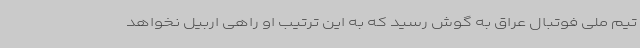
تیم ملی فوتبال عراق به گوش رسید که به این ترتیب او راهی اربیل نخواهد